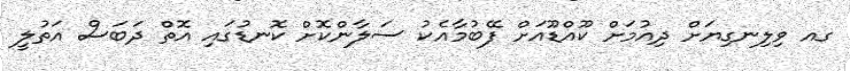
ގއ ވިލިނގިޔަށް ދިއުމަށް ކޫއްޑޫއަށް ފޭބުމާއެކު ސަލާންކޮށް ކޮނޑުގައި އޮތް ދަބަސް އަތުލީ